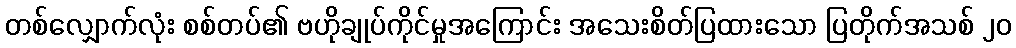
တစ်လျှောက်လုံး စစ်တပ်၏ ဗဟိုချုပ်ကိုင်မှုအကြောင်း အသေးစိတ်ပြထားသော ပြတိုက်အသစ် ၂၀